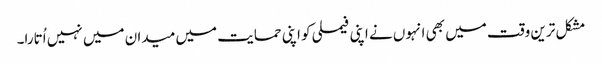
مشکل ترین وقت میں بھی انہوں نے اپنی فیملی کو اپنی حمایت میں میدان میں نہیں اُتارا۔